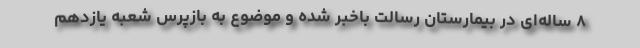
۸ ساله‌ای در بیمارستان رسالت باخبر شده و موضوع به بازپرس شعبه یازدهم